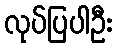
လုပ်ပြပါဦး